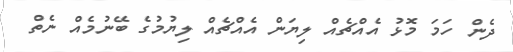
ދެން ހަމަ މޮޅު އެއްޗެއް ލިޔަން އެއްޗެއް ލިޔުމުގެ ބޭނުމެއް ނެތް